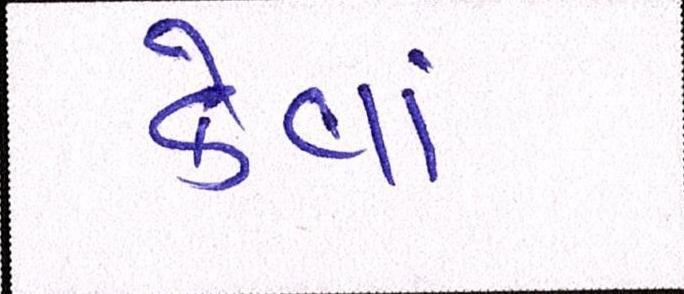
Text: કેવાં